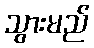
သွားမည်